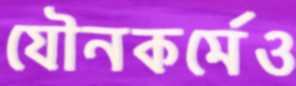
যৌনকর্মেও